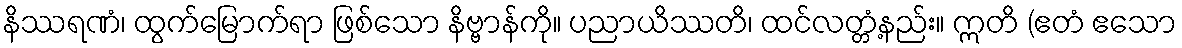
နိဿရဏံ၊ ထွက်မြောက်ရာ ဖြစ်သော နိဗ္ဗာန်ကို။ ပညာယိဿတိ၊ ထင်လတ္တံ့နည်း။ ဣတိ (ဧတံ ဧသော